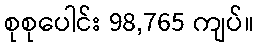
စုစုပေါင်း 98,765 ကျပ်။